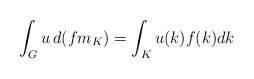
\begin{align*}\int_Gu\,d(fm_K)=\int_Ku(k)f(k)dk\end{align*}